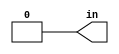
module test_bench(in);
output in;
reg in;
initial
begin
in=1'b0;
repeat(4)
in=#5~in;
end
endmodule